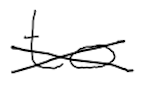
Text: to
Cross-out: cross
Writing tool: digital_black